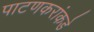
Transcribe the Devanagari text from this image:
पाटणकरांकडे